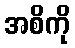
အစိကို